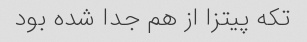
تکه پیتزا از هم جدا شده بود